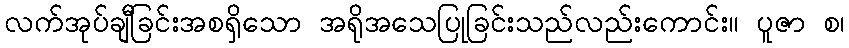
လက်အုပ်ချီခြင်းအစရှိသော အရိုအသေပြုခြင်းသည်လည်းကောင်း။ ပူဇာ စ၊